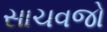
સાચવજો